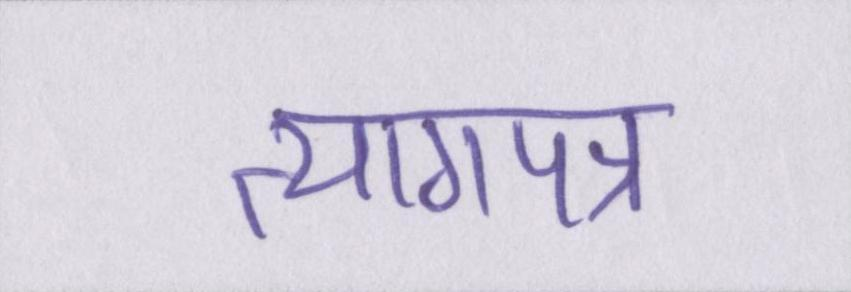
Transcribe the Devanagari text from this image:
त्यागपत्र